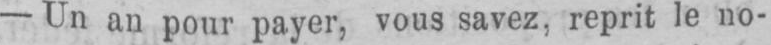
- Un an pour payer, vous savez, reprit le no-